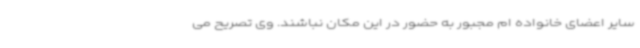
سایر اعضای خانواده ام مجبور به حضور در این مکان نباشند. وی تصریح می